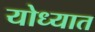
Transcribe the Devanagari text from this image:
योध्यात